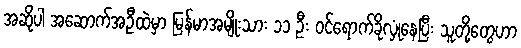
အဆိုပါ အဆောက်အဦထဲမှာ မြန်မာအမျိုးသား ၁၁ ဦး ဝင်ရောက်ခိုလှုံနေပြီး သူတို့တွေဟာ